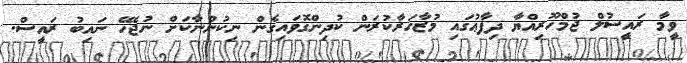
ވީމާ ރައީސުލް ޖުމްހޫރިއްޔާ ދިފާޢުގައި މުޒާހަރާކުރަން ކުދިންގޮވައިގެން ނިކުންނާކަށް ނުޖެހޭ ނައިބު ރައީސް.